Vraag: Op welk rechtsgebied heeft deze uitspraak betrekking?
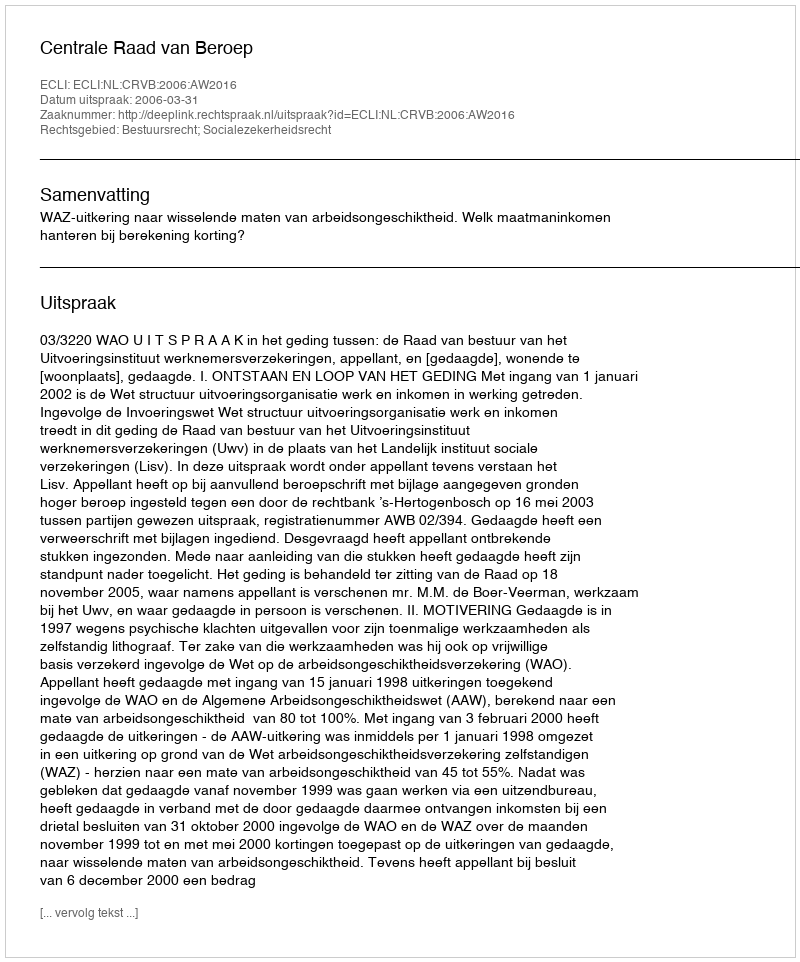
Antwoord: Bestuursrecht; Socialezekerheidsrecht